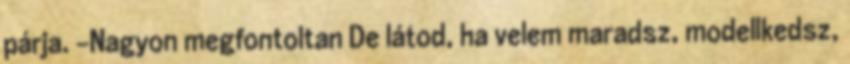
párja. -Nagyon megfontoltan De látod, ha velem maradsz, modellkedsz,